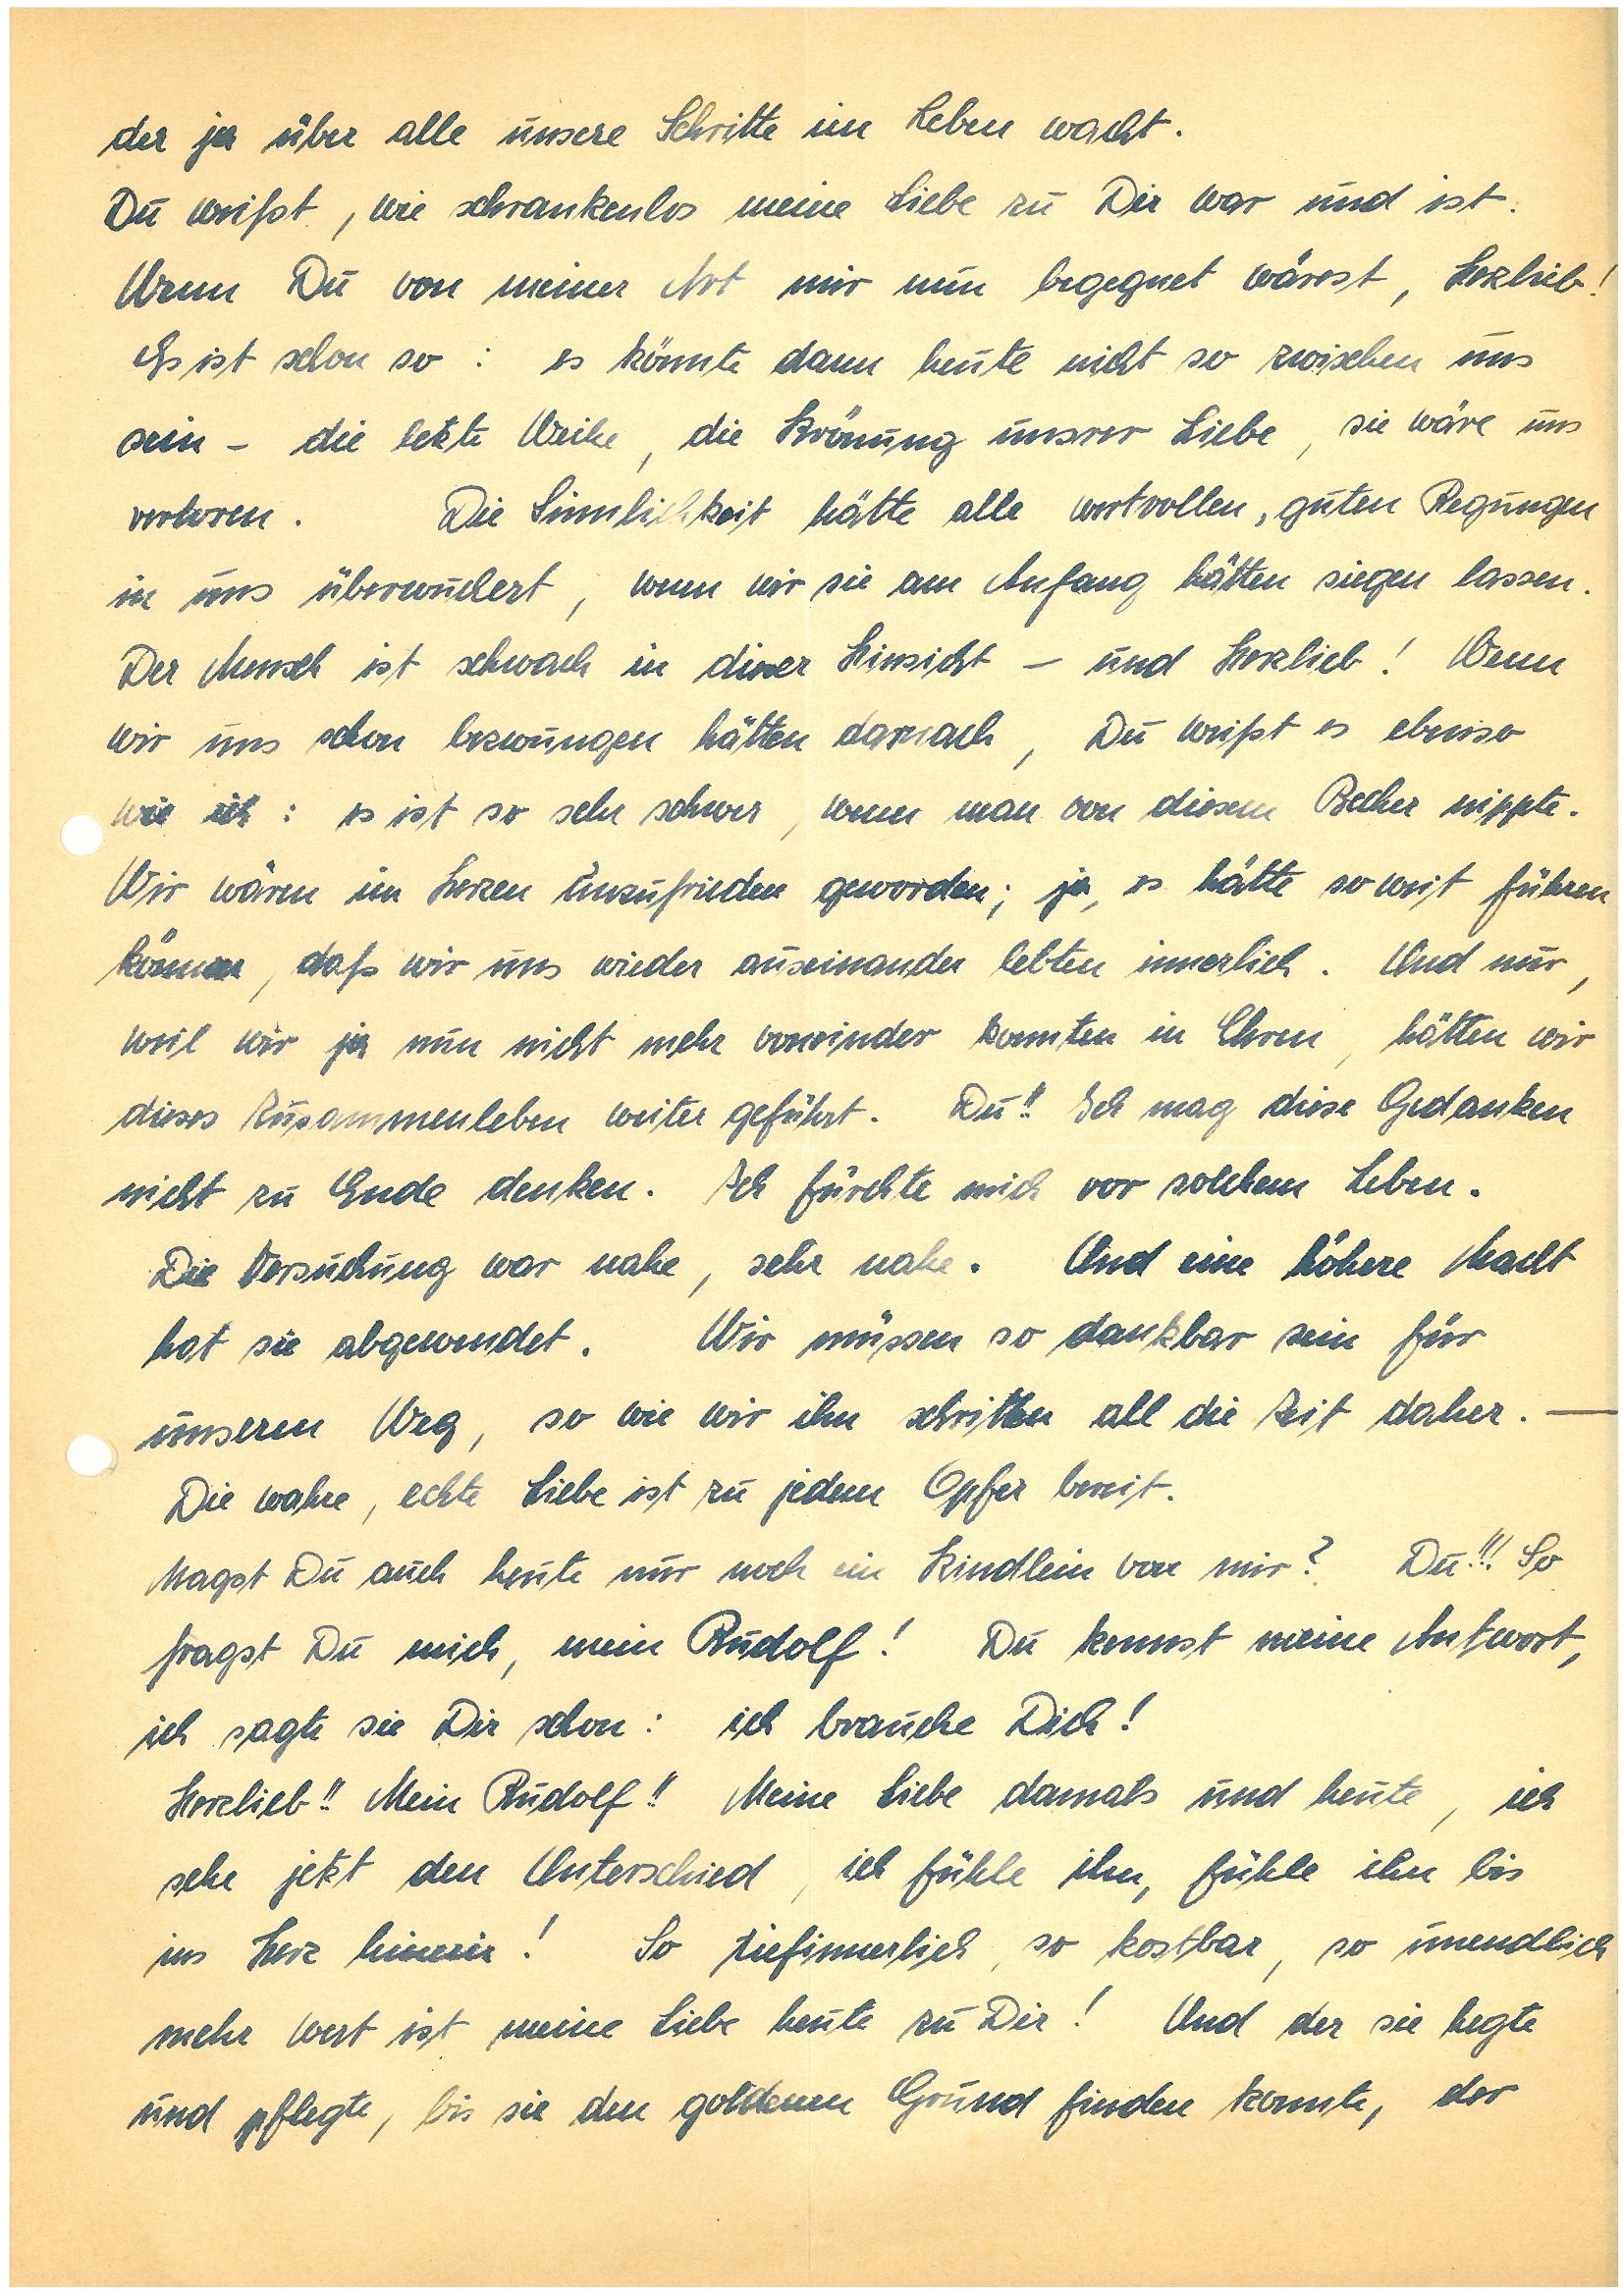
der ja über alle unsere Schritte wacht.
Du weißt, wie schrankenlos meine Liebe zu Dir war und ist.
Wenn Du von meiner Art mir nun begegnet wärst, Herzlieb!
Es ist schon so: es könnte dann heute nicht so zwischen uns
sein – die letzte Weihe, die Krönung unserer Liebe, sie wäre uns
verloren. Die Sinnlichkeit hätte alle wertvollen, guten Regungen
in uns überwuchert, wenn wir sie von Anfang an hätten siegen lassen.
Der Mensch ist schwach in dieser Hinsicht – und Herzlieb! Wenn
wir uns schon bezwungen hätten darnach, Du weißt es ebenso
wie ich: es ist so sehr schwer, wenn man von diesem Becher nippte.
Wir wären im Herzen unzufriedener geworden; ja, es hätte so weit führen
können, daß wir uns wieder auseinander lebten innerlich. Und nur, weil wir
ja nun nicht mehr voneinander konnten in Ehren, hätten wir
das Zusammenleben weiter geführt. Du!! Ich mag diese Gedanken
nicht zu Ende denken. Ich fürchte mich vor solchem Leben.
Die Versuchung war nahe, sehr nahe. Und eine höhere Macht
hat sie abgewendet. Wir müssen so dankbar sein für
unseren Weg, so wie wir ihn schritten all die Zeit daher. –
Die wahre, echte Liebe ist zu jedem Opfer bereit.
Magst Du auch heute nur noch ein Kindlein von mir? Du!!! So
fragst Du mich, mein! Du kennst meine Antwort,
ich sagte sie Dir schon: ich brauche Dich!
Herzlieb!! Mein!! Meine Liebe damals und heute, ich
sehe jetzt den Unterschied, ich fühle ihn, fühle ihn bis
ins Herz hinein! So tiefinnerlich, so kostbar, so unendlich
mehr wert ist meine Liebe heute zu Dir! Und der sie hegte
und pflegte, bis sie den goldenen Grund finden konnte, der